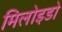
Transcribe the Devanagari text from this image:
मिलोइडो